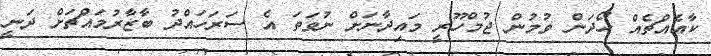
ކާއެއްޗެއް ހޯދަން ވުމުން ޖުމްހޫރީ މައިދާނަށް ނުވަތަ އެ ސަރަހައްދު ބާޒާރުމައްޗަށް ދަނީ